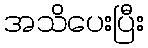
အသိပေးပြီး